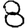
Digit: 8